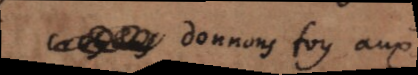
donnons foy aux